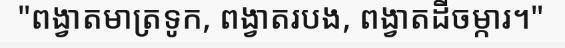
"ពង្វាតមាត្រទូក, ពង្វាតរបង, ពង្វាតដីចម្ការ។"